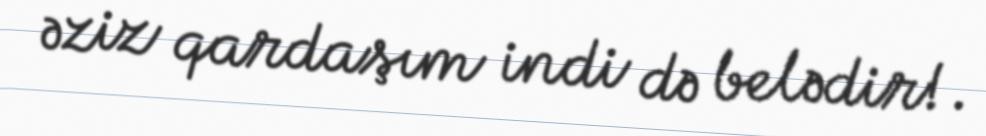
əziz qardaşım indi də belədir!.